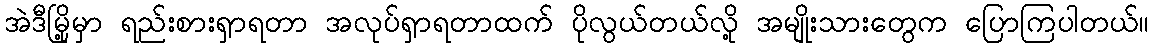
အဲဒီမြို့မှာ ရည်းစားရှာရတာ အလုပ်ရှာရတာထက် ပိုလွယ်တယ်လို့ အမျိုးသားတွေက ပြောကြပါတယ်။